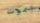
اموت